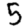
Digit: 5